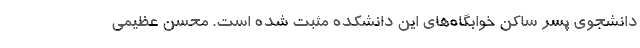
دانشجوی پسر ساکن خوابگاه‌های این دانشکده مثبت شده است. محسن عظیمی